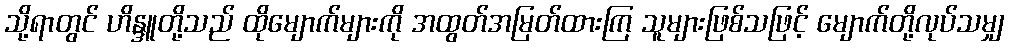
သို့ရာတွင် ဟိန္ဒူတို့သည် ထိုမျောက်များကို အထွတ်အမြတ်ထားကြ သူများဖြစ်သဖြင့် မျောက်တို့လုပ်သမျှ